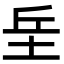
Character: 𡊣